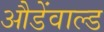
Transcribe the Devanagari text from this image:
औडेंवाल्ड